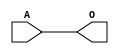
module JBUFDA(A, O);
input   A;
output  O;
buf g0(O, A);
endmodule